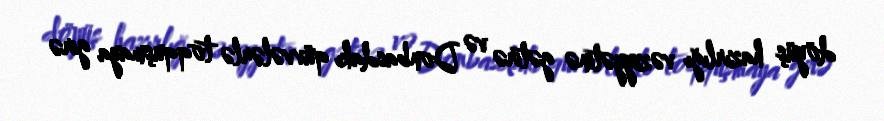
döyüş hazırlığı vəziyyətinə gətirə və Donbasdakı qüvvələrlə toqquşmaya girə